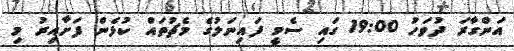
އަންގާރަ ދުވަހު 19:00 ގައި ސެމީ ފައިނަލުގެ މެޗުތައް ކުޅެން ފަށާއިރު މި